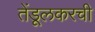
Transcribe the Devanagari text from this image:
तेंडूलकरची